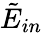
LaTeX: \tilde{E}_{in}